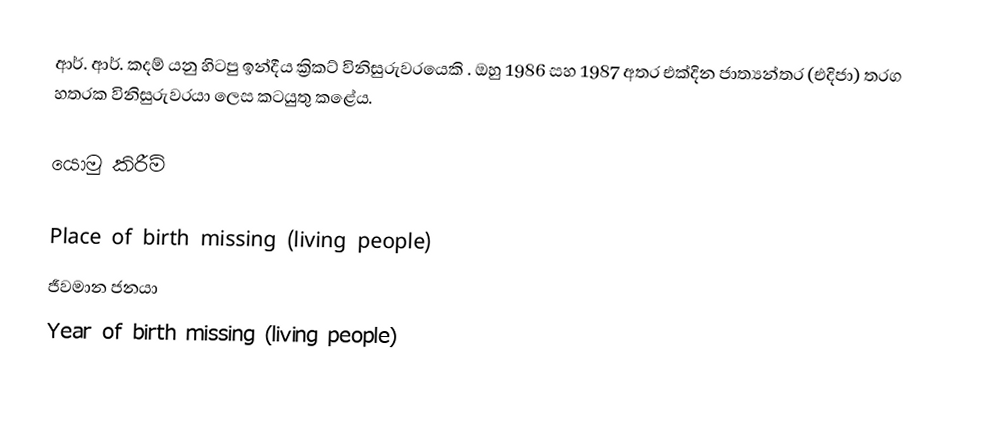
ආර්. ආර්. කදම් යනු හිටපු ඉන්දීය ක්‍රිකට් විනිසුරුවරයෙකි . ඔහු 1986 සහ 1987 අතර එක්දින ජාත්‍යන්තර (එදිජා) තරග හතරක විනිසුරුවරයා ලෙස කටයුතු කළේය.

යොමු කිරීම්

Place of birth missing (living people)
ජීවමාන ජනයා
Year of birth missing (living people)